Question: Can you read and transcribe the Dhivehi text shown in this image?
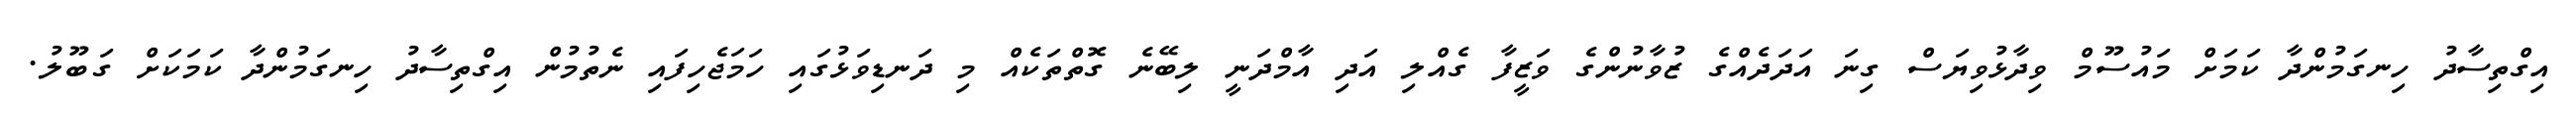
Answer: އިގްތިސާދު ހިނގަމުންދާ ކަމަށް މައުސޫމް ވިދާޅުވިޔަސް ގިނަ އަދަދެއްގެ ޒުވާނުންގެ ވަޒީފާ ގެއްލި އަދި އާމްދަނީ ލިބޭނެ ގޮތްތަކެއް މި ދަނޑިވަޅުގައި ހަމަޖެހިފައި ނެތުމުން އިގްތިސާދު ހިނގަމުންދާ ކަމަކަށް ގަބޫލު.